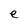
Character: e